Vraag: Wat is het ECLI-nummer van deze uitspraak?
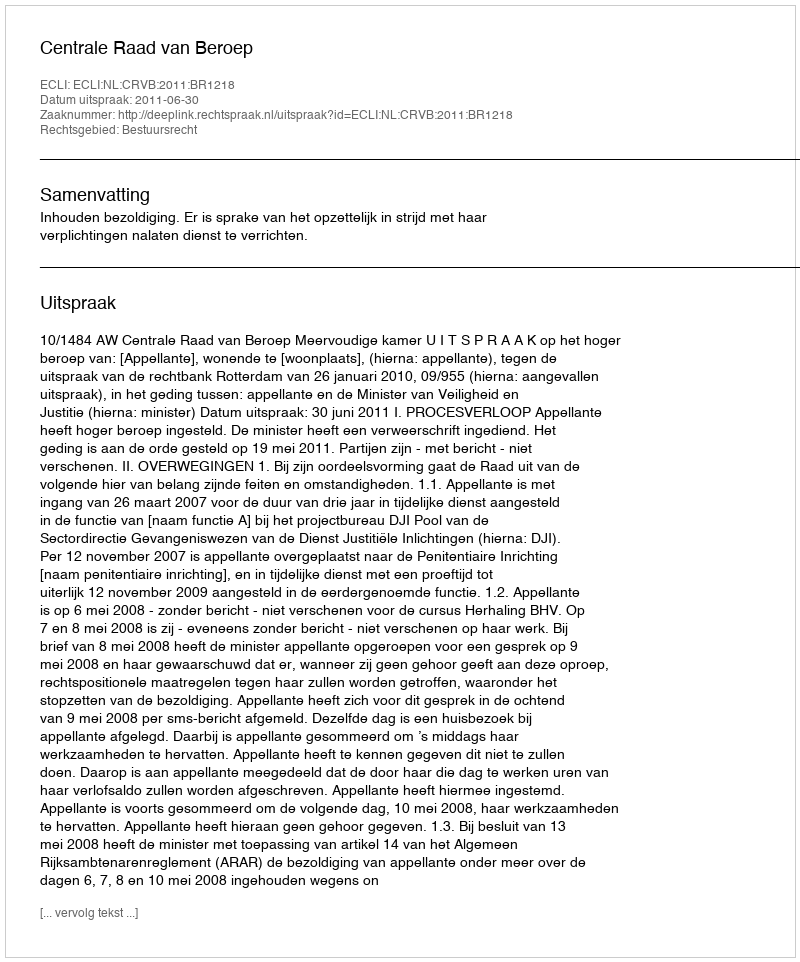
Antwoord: ECLI:NL:CRVB:2011:BR1218